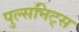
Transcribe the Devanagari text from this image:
पुल्सनिट्स